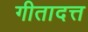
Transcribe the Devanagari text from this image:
गीतादत्त